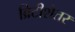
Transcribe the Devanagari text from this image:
ब्रिटीशेतर